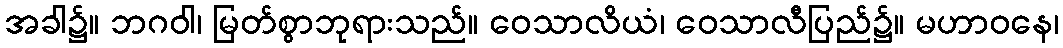
အခါ၌။ ဘဂဝါ၊ မြတ်စွာဘုရားသည်။ ဝေသာလိယံ၊ ဝေသာလီပြည်၌။ မဟာဝနေ၊